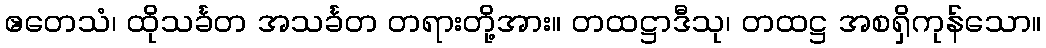
ဧတေသံ၊ ထိုသင်္ခတ အသင်္ခတ တရားတို့အား။ တထဋ္ဌာဒီသု၊ တထဋ္ဌ အစရှိကုန်သော။